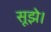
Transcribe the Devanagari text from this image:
सूझे।